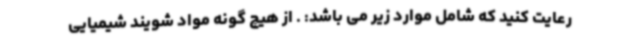
رعایت کنید که شامل موارد زیر می باشد: . از هیچ گونه مواد شویند شیمیایی